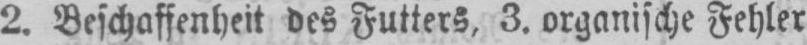
2. Beschaffenheit des Futters, 3. organische Fehler